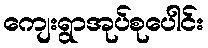
ကျေးရွာအုပ်စုပေါင်း